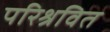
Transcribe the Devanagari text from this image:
परिश्रवित